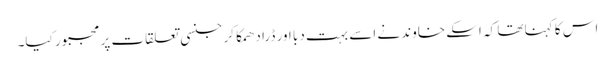
اس کا کہنا تھا کہ اسکے خاوند نے اسے بہت دبا اور ڈرا دھمکا کر جنسی تعلقات پر مجبور کیا۔